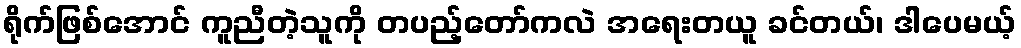
ရိုက်ဖြစ်အောင် ကူညီတဲ့သူကို တပည့်တော်ကလဲ အရေးတယူ ခင်တယ်၊ ဒါပေမယ့်